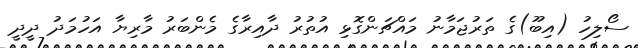
ސޯލިހު (އިބޫ)ގެ ތަރުޖަމާނު މައްޗަންގޮޅި އުތުރު ދާއިރާގެ މެންބަރު މާރިޔާ އަހުމަދު ދީދީ